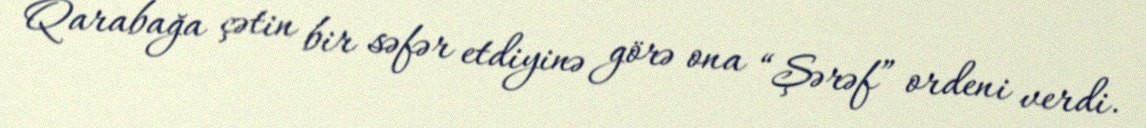
Qarabağa çətin bir səfər etdiyinə görə ona “Şərəf” ordeni verdi.